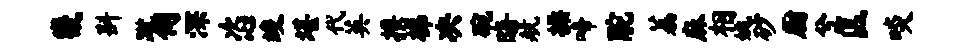
畿斟蹴伺深恣竣堪代英携梯决碗晦航操啼酡荔麻相姚砂厨兮匡啖